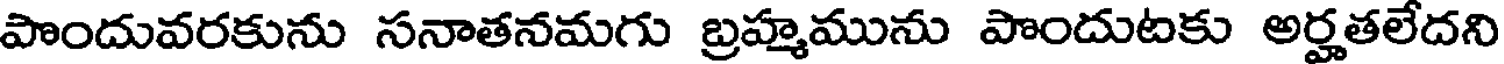
పొందువరకును సనాతనమగు బ్రహ్మమును పొందుటకు అర్హతలేదని